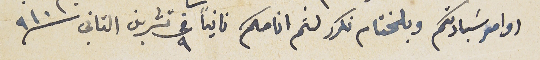
اوامر سَيادتكم وبلختام نكرر لثم انامكم ثانياً فى ٩ تشرين الثاني سنة ١٩١٠